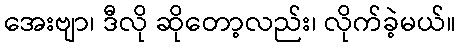
အေးဗျာ၊ ဒီလို ဆိုတော့လည်း၊ လိုက်ခဲ့မယ်။